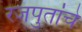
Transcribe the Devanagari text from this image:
रजपुतांचे